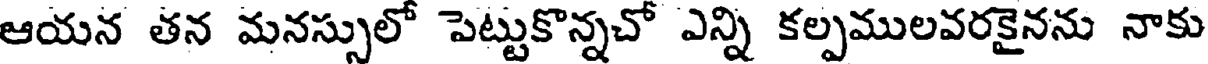
ఆయన తన మనస్సులో పెట్టుకొన్నచో ఎన్ని కల్పములవరకైనను నాకు